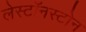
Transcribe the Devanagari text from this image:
लेस्टॉनस्टोन